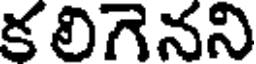
క లిగెనని